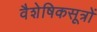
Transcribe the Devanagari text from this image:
वैशेषिकसूत्रों